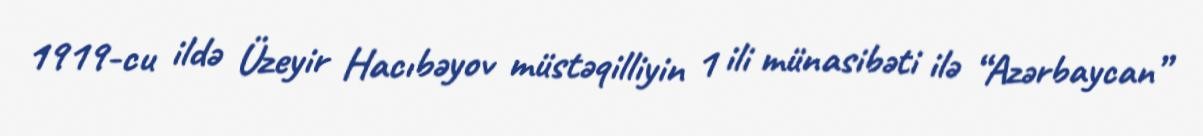
1919-cu ildə Üzeyir Hacıbəyov müstəqilliyin 1 ili münasibəti ilə “Azərbaycan”